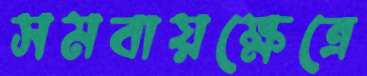
সমবায়ক্ষেত্রে